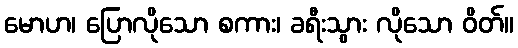
မောဟ၊ ပြောလိုသော စကား၊ ခရီးသွား လိုသော ဝိတ်။